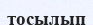
тосылып